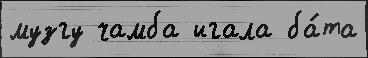
музгу чамба игала ба́та